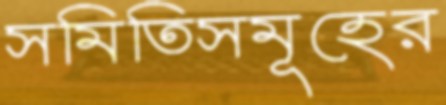
সমিতিসমূহের